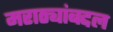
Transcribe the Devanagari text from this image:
मराठ्यांबद्दल